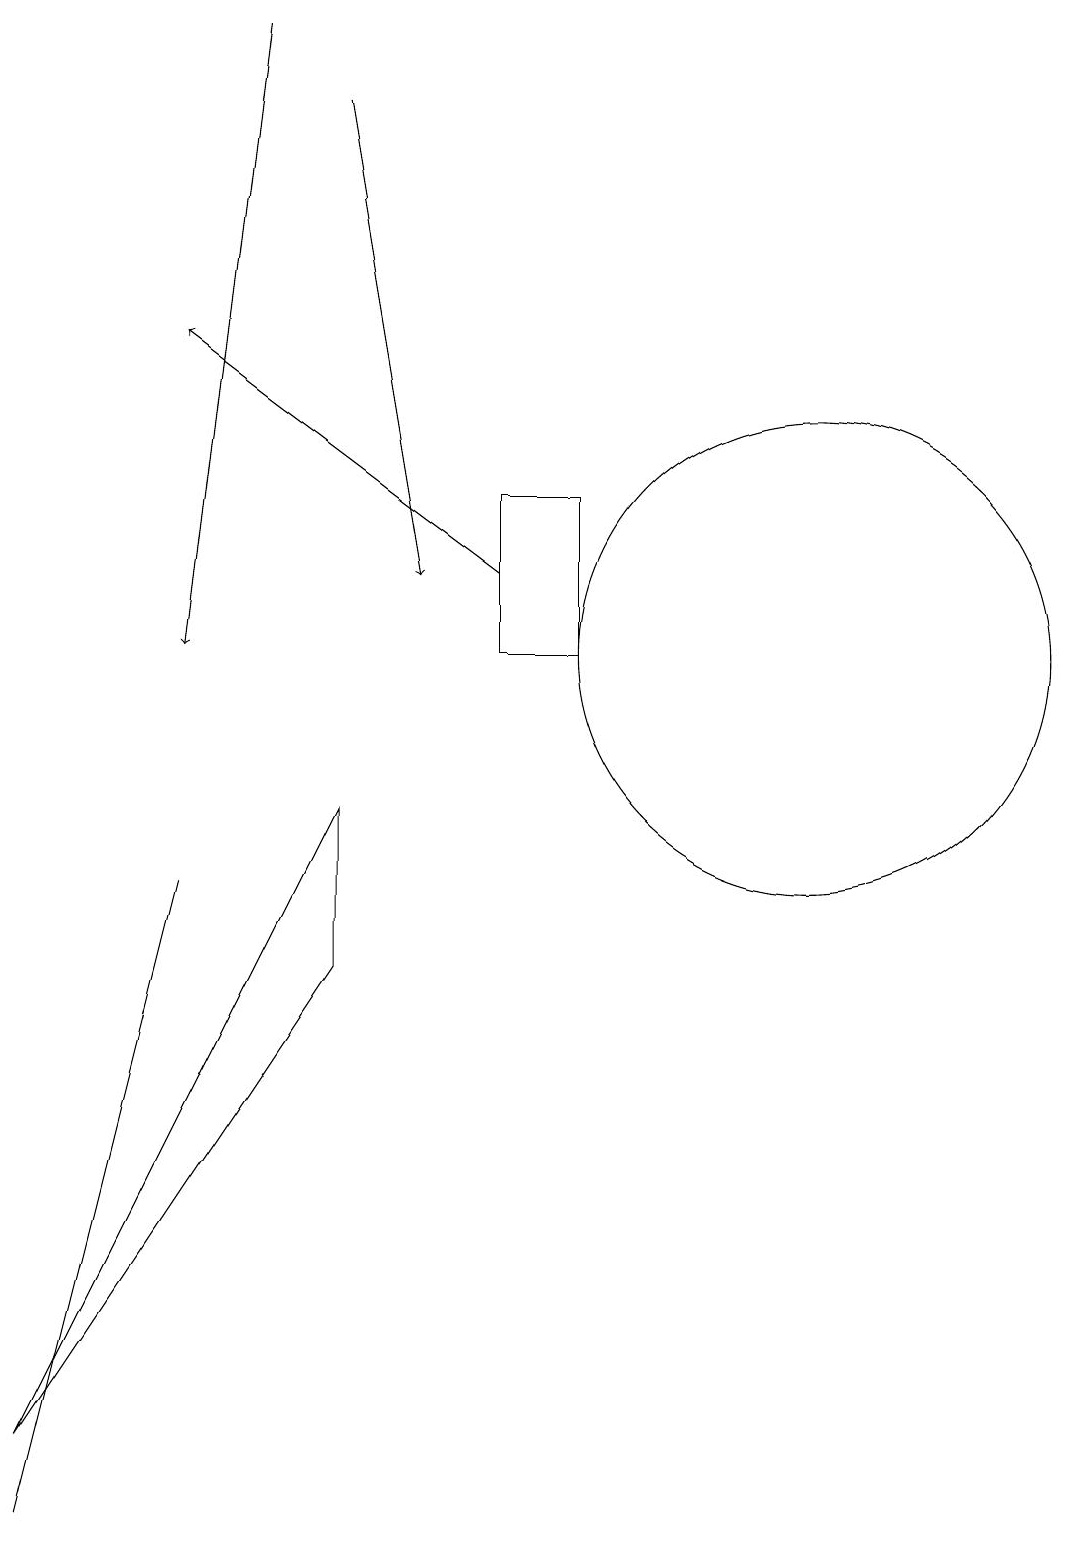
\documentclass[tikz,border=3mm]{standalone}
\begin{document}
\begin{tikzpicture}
\draw (5,7) -- (5,9) -- (1,1) -- cycle;
\draw[->] (4,19) -- (3,11);
\draw (1,0) -- (3,8) -- (2,4) -- cycle;
\draw (11,11) circle (3);
\draw[->] (7,12) -- (3,15);
\draw (8,13) rectangle (7,11);
\draw[->] (5,18) -- (6,12);
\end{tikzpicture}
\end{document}